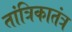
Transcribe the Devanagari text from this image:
तांत्रिकातंत्र